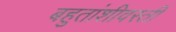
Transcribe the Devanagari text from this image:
बहुतांशीवस्ती